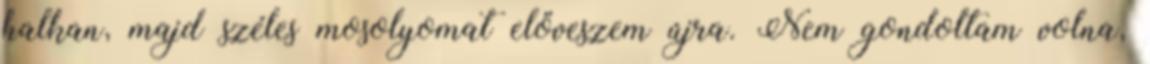
halkan, majd széles mosolyomat előveszem újra. Nem gondoltam volna,